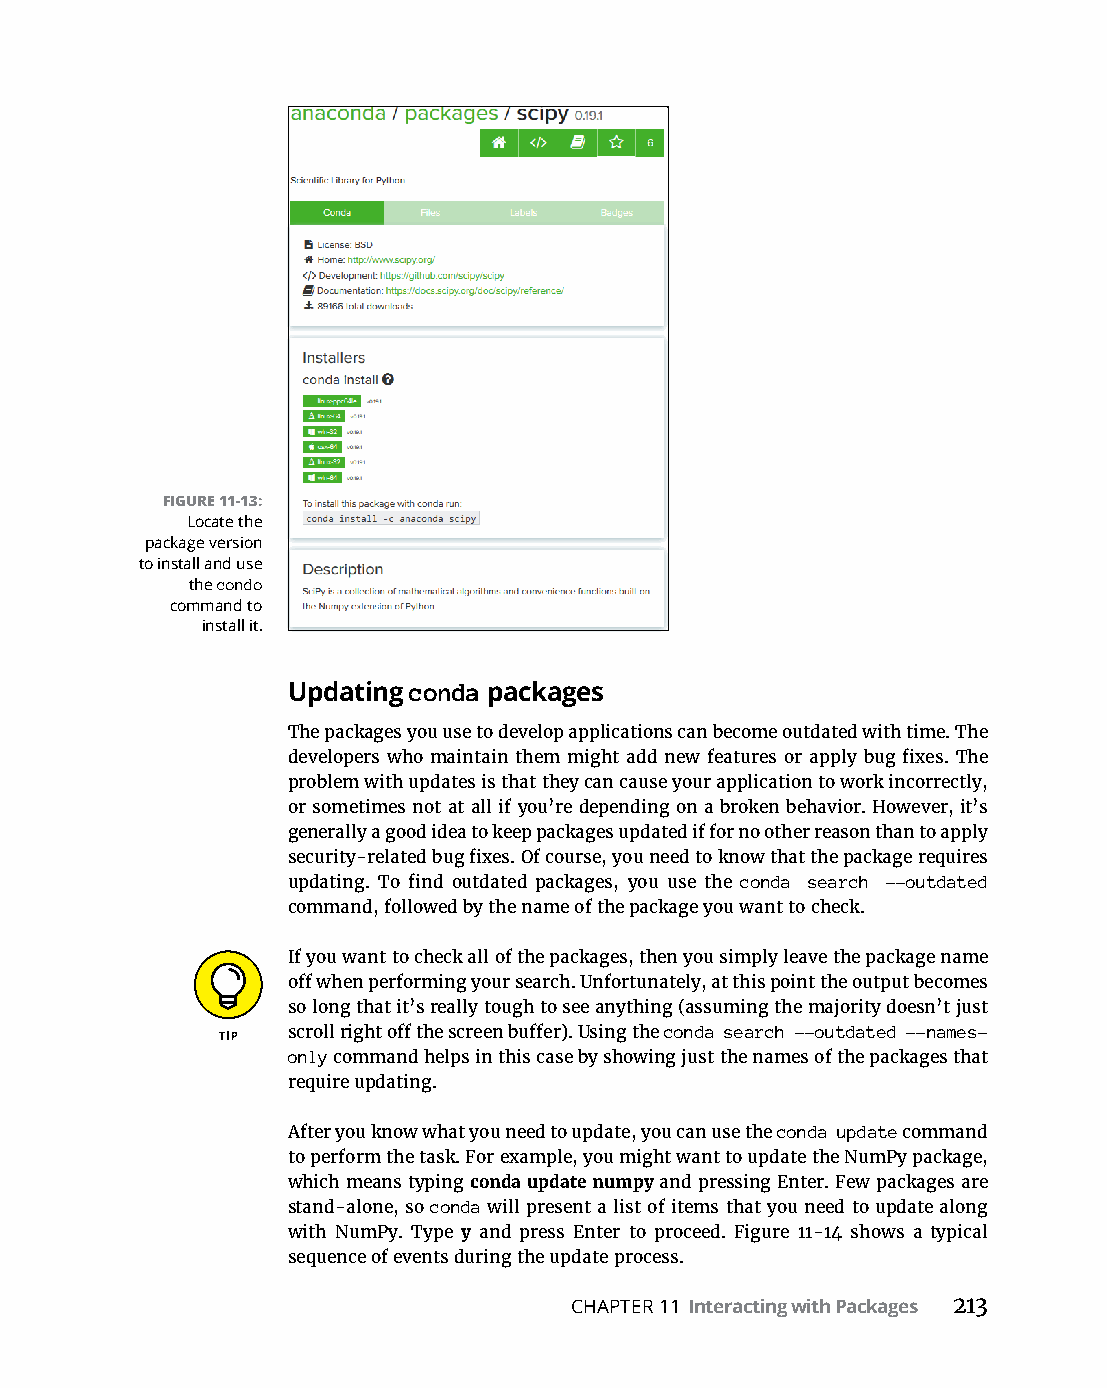
FIGURE 11-13:
 Locate the
 package version
 to install and use
 the condo
 command to
 install it.
 Updating conda packages
 The packages you use to develop applications can become outdated with time. The
 developers­who­maintain­them­might­add­new­features­or­apply­bug­fixes.­The­
 problem with updates is that they can cause your application to work incorrectly,
 or­sometimes­not­at­all­if­you’re­depending­on­a­broken­behavior.­However,­it’s­
 generally a good idea to keep packages updated if for no other reason than to apply
 security-related­bug­fixes.­Of­course,­you­need­to­know­that­the­package­requires­
 updating.­To­find­outdated­packages,­you­use­the­conda search --outdated
 command, followed by the name of the package you want to check.
 If you want to check all of the packages, then you simply leave the package name
 off­when­performing­your­search.­Unfortunately,­at­this­point­the­output­becomes­
 so­long­that­it’s­really­tough­to­see­anything­(assuming­the­majority­doesn’t­just­
 scroll­right­off­the­screen­buffer).­Using­the­conda search --outdated --names-
 only command helps in this case by showing just the names of the packages that
 require updating.
 After you know what you need to update, you can use the conda update command
 to perform the task. For example, you might want to update the NumPy package,
 which means typing conda update numpy and pressing Enter. Few packages are
 stand-alone, so conda will present a list of items that you need to update along
 with NumPy. Type y­and­press­Enter­to­proceed.­Figure 11-14­shows­a­typical­
 sequence of events during the update process.
 CHAPTER 11 Interacting with Packages 213